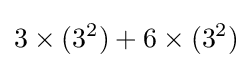
3\times (3^{2})+6\times (3^{2})